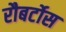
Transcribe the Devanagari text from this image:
रौबर्टोस